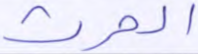
الحرث